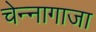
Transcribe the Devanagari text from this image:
चेन्‍नागाजा